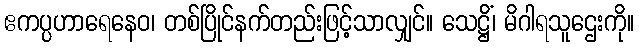
ဧကပ္ပဟာရေနေဝ၊ တစ်ပြိုင်နက်တည်းဖြင့်သာလျှင်။ သေဋ္ဌိံ၊ မိဂါရသူဌေးကို။